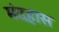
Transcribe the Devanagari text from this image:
मंदहास